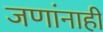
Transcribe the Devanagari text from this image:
जणांनाही